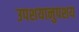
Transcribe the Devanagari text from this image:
उपशयानुपशय